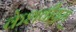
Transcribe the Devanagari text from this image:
केशवीयम्